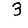
Digit: 3